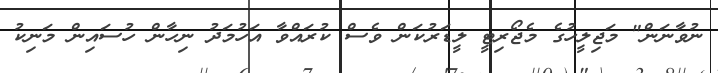
ނުވާނަން" މަޖިލީހުގެ މެޖޯރިޓީ ލީޑަރުކަން ވެސް ކުރައްވާ އަހުމަދު ނިހާން ހުސައިން މަނިކު